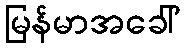
မြန်မာအခေါ်